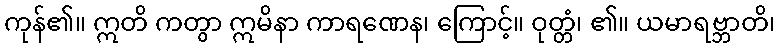
ကုန်၏။ ဣတိ ကတွာ ဣမိနာ ကာရဏေန၊ ကြောင့်။ ဝုတ္တံ၊ ၏။ ယမာရဗ္ဘာတိ၊